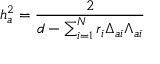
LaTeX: h _ { a } ^ { 2 } = { \frac { 2 } { d - \sum _ { i = 1 } ^ { N } r _ { i } \Delta _ { a i } \Lambda _ { a i } } }